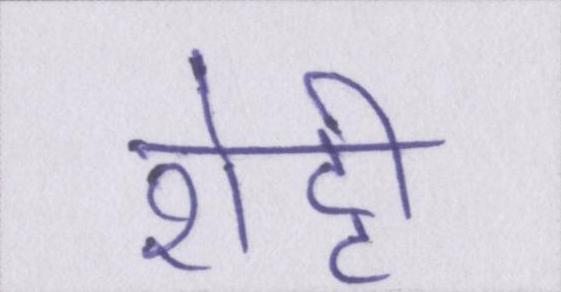
शेट्टी